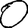
Digit: 0